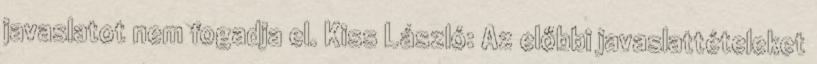
javaslatot nem fogadja el. Kiss László: Az előbbi javaslattételeket